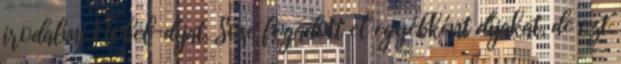
irodalmi Nobel-díjat. Sose fogadott el egyébként díjakat, de ezt